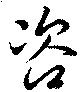
咨